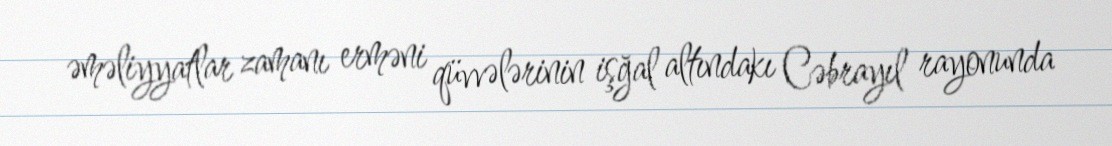
əməliyyatlar zamanı erməni qüvvələrinin işğal altındakı Cəbrayıl rayonunda